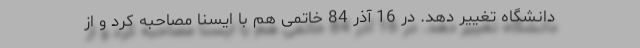
دانشگاه تغییر دهد. در 16 آذر 84 خاتمی هم با ایسنا مصاحبه کرد و از